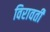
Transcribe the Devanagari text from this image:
विरावती